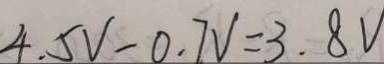
4 . 5 V - 0 . 7 V = 3 . 8 V